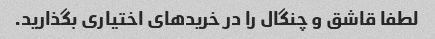
لطفا قاشق و چنگال را در خرید‌های اختیاری بگذارید.